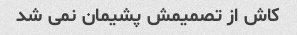
کاش از تصمیمش پشیمان نمی شد